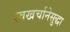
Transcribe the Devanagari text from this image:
स्वखर्चानेसुद्धा